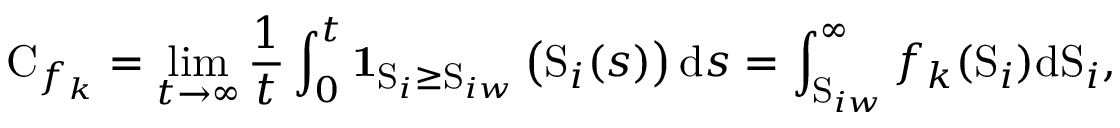
\mathrm { C } _ { f _ { k } } = \operatorname* { l i m } _ { t \rightarrow \infty } \frac { 1 } { t } \int _ { 0 } ^ { t } \mathbf { 1 } _ { \mathrm { S } _ { i } \geq \mathrm { S } _ { i w } } \left( \mathrm { S } _ { i } ( s ) \right) \mathrm { d } s = \int _ { \mathrm { S } _ { i w } } ^ { \infty } f _ { k } ( \mathrm { S } _ { i } ) \mathrm { d } \mathrm { S } _ { i } ,